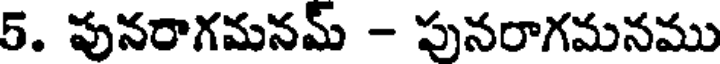
5. పునరాగమనమ్ - పునరాగమనము